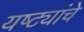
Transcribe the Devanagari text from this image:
यष्ट्यांचे